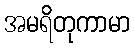
အမရိတုကာမာ